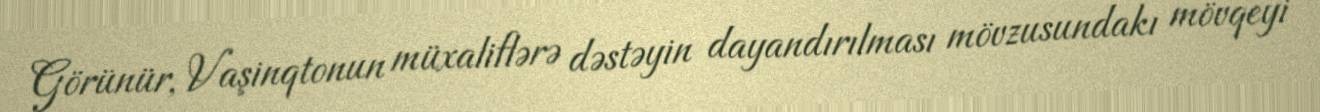
Görünür, Vaşinqtonun müxaliflərə dəstəyin dayandırılması mövzusundakı mövqeyi